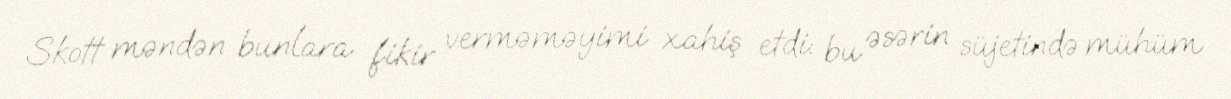
Skott məndən bunlara fikir verməməyimi xahiş etdi: bu əsərin süjetində mühüm